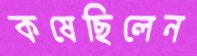
কষেছিলেন